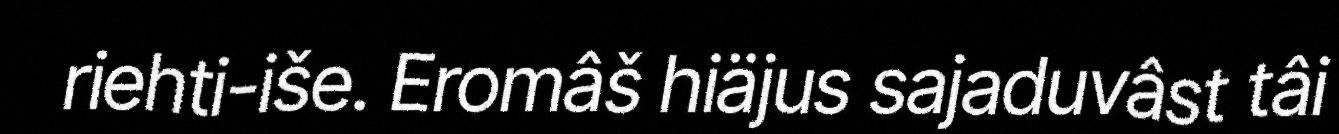
riehti-iše. Eromâš hiäjus sajaduvâst tâi